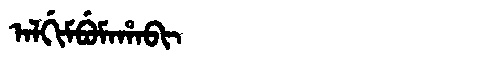
Manchu: ᠠᠯᡤᡳᠮᠪᡠᠮᠠᡥᠠᠪᡳ
Romanization: ALGIMBUMAHABI